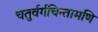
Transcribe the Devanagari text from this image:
चतुर्वर्गचिन्तामणि